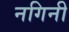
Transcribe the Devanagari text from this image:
नगिनी